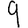
Digit: 9